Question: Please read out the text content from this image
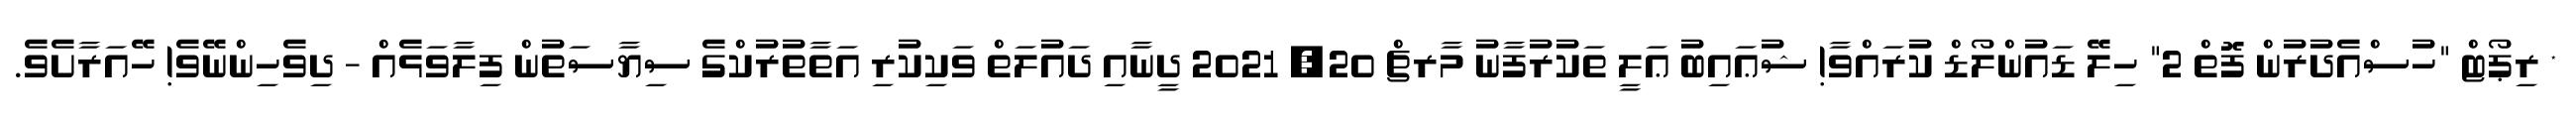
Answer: * ރިޕޯޓް "ހުސްއެދުރުން ފޮތް 2" ހިލޭ ޑައުންލޯޑް ކުރައްވާ! ޝުޢައިބު ޢަލީ ތަކުރުފާނު މާރޗް 20, 2021 ދީނާއި ދައުލަތް ވަކިކުރި އަތާތުރުކްގެ ސިޔާސަތުން ފިލާވަޅެއް - ދިވެހިންނޭވެ! ހޭއަރާށެވެ.